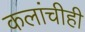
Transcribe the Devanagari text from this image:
कलांचीही